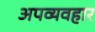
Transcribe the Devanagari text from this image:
अपव्यवहार